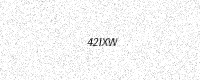
Text: 42IXW